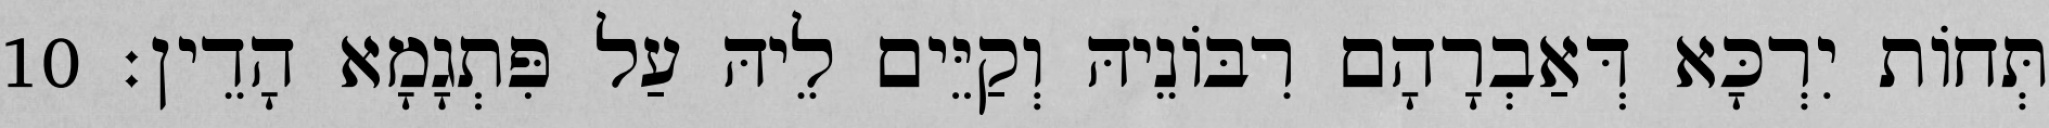
תְּחוֹת יִרְכָּא דְּאַבְרָהָם רִבּוֹנֵיהּ וְקַיֵּים לֵיהּ עַל פִּתְגָמָא הָדֵין׃ 10